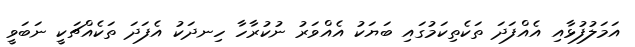
އަމަލުފުޅާއި އެއްފަދަ ތަކެތިކަމުގައި ބަޔަކު އެއްވަރު ނުކުރާހާ ހިނދަކު އެފަދަ ތަކެއްޗަކީ ނަބަވީ